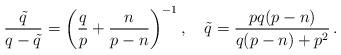
LaTeX: \begin{align*}\frac{\tilde q}{q-\tilde q} = \left( \frac{q}{p} + \frac{n}{p-n} \right)^{-1} ,\quad\tilde q = \frac{ pq(p-n) }{ q(p-n)+p^2 }\,.\end{align*}